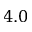
4 . 0